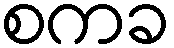
စကခ